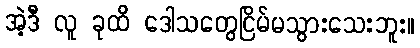
အဲ့ဒီ လူ ခုထိ ဒေါသတွေငြိမ်မသွားသေးဘူး။